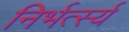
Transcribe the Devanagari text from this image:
निर्भर्त्स्य